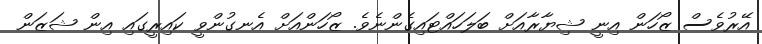
އޭރުވެސް ޒޯހަން އިނީ ޝިޔާރާއަށް ބަލަހައްޓައިގެންނެވެ. ޒޯހަންއަށް އެނގުންވީ ކައިރީގައި އިން ޝަޒަން